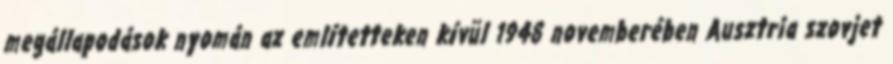
megállapodások nyomán az említetteken kívül 1948 novemberében Ausztria szovjet